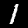
Digit: 1